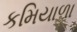
કમિયાળા